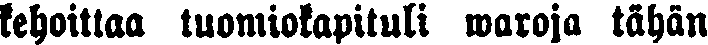
kehoittaa tuomiokapituli waroja tähän